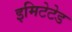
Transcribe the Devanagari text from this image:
इमिटेटेड